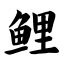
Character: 鲤